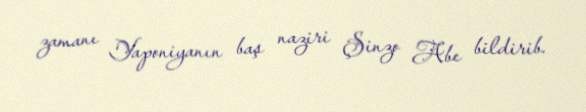
zamanı Yaponiyanın baş naziri Şinzo Abe bildirib.